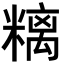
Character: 𥻿